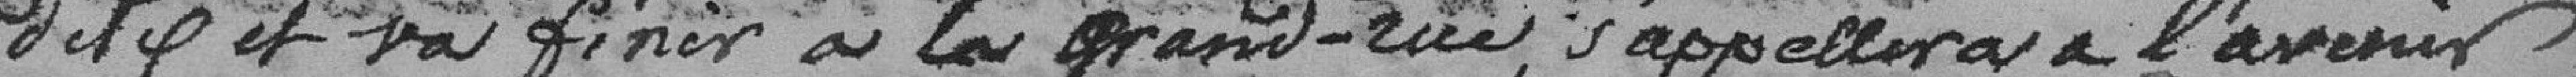
dite et va finir à la grand-rue, s’appellera à l'avenir